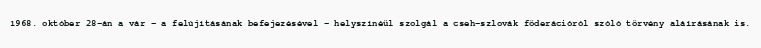
1968. október 28-án a vár – a felújításának befejezésével – helyszínéül szolgál a cseh-szlovák föderációról szóló törvény aláírásának is.